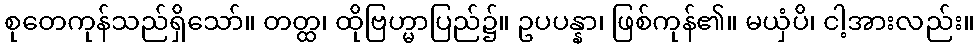
စုတေကုန်သည်ရှိသော်။ တတ္ထ၊ ထိုဗြဟ္မာပြည်၌။ ဥပပန္နာ၊ ဖြစ်ကုန်၏။ မယှံပိ၊ ငါ့အားလည်း။